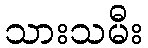
သားသမီး